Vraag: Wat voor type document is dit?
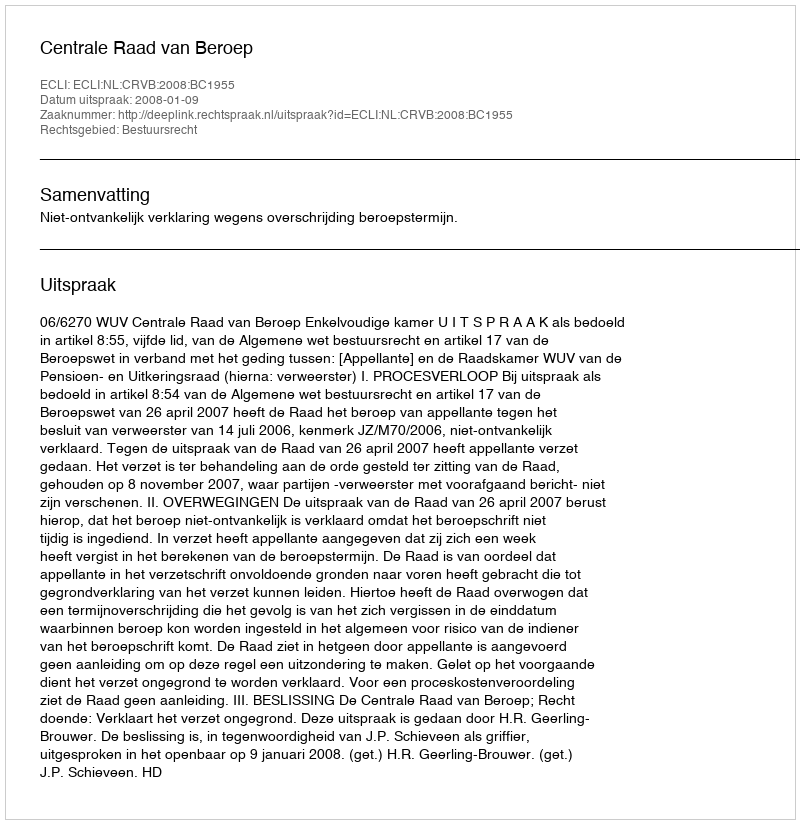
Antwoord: Uitspraak